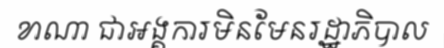
ខាណា ជាអង្គការមិនមែនរដ្ឋាភិបាល